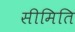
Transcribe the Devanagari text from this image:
सीमिति